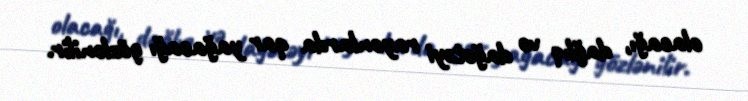
olacağı, dağlıq və dağətəyi rayonlarda qar yağacağı gözlənilir.